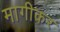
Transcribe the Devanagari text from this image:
मागीकर